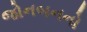
જોનબનનો